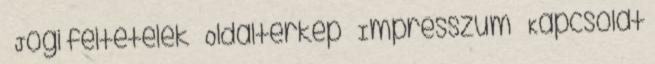
» Jogi feltételek » Oldaltérkép » Impresszum » Kapcsolat